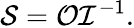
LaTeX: \mathcal{S}=\mathcal{O}\mathcal{I}^{-1}.